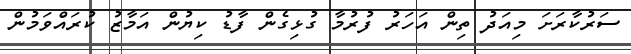
ސަރުކާރަށަ މިއަދު ތިން އަހަރު ފުރުމާ ގުޅިގެން ފާޑު ކިޔުން އަމާޒު ކުރައްވަމުން